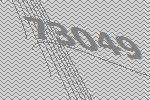
73049